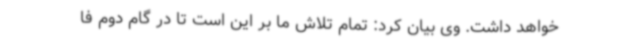
خواهد داشت. وی بیان کرد: تمام تلاش ما بر این است تا در گام دوم فا